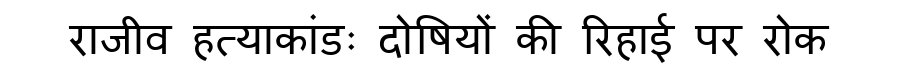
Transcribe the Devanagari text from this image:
राजीव हत्याकांडः दोषियों की रिहाई पर रोक